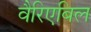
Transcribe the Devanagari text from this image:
वैरिएबिल